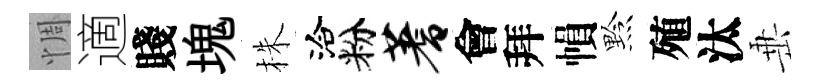
惆適賤塊株洽粉蓍會拜𢄙黔殖汰𡸁